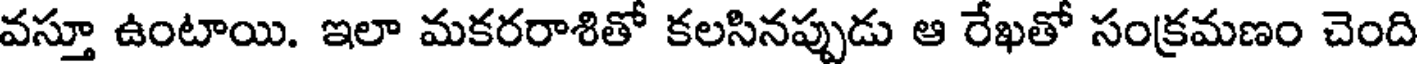
వస్తూ ఉంటాయి. ఇలా మకరరాశితో కలసినప్పుడు ఆ రేఖతో సంక్రమణం చెంది